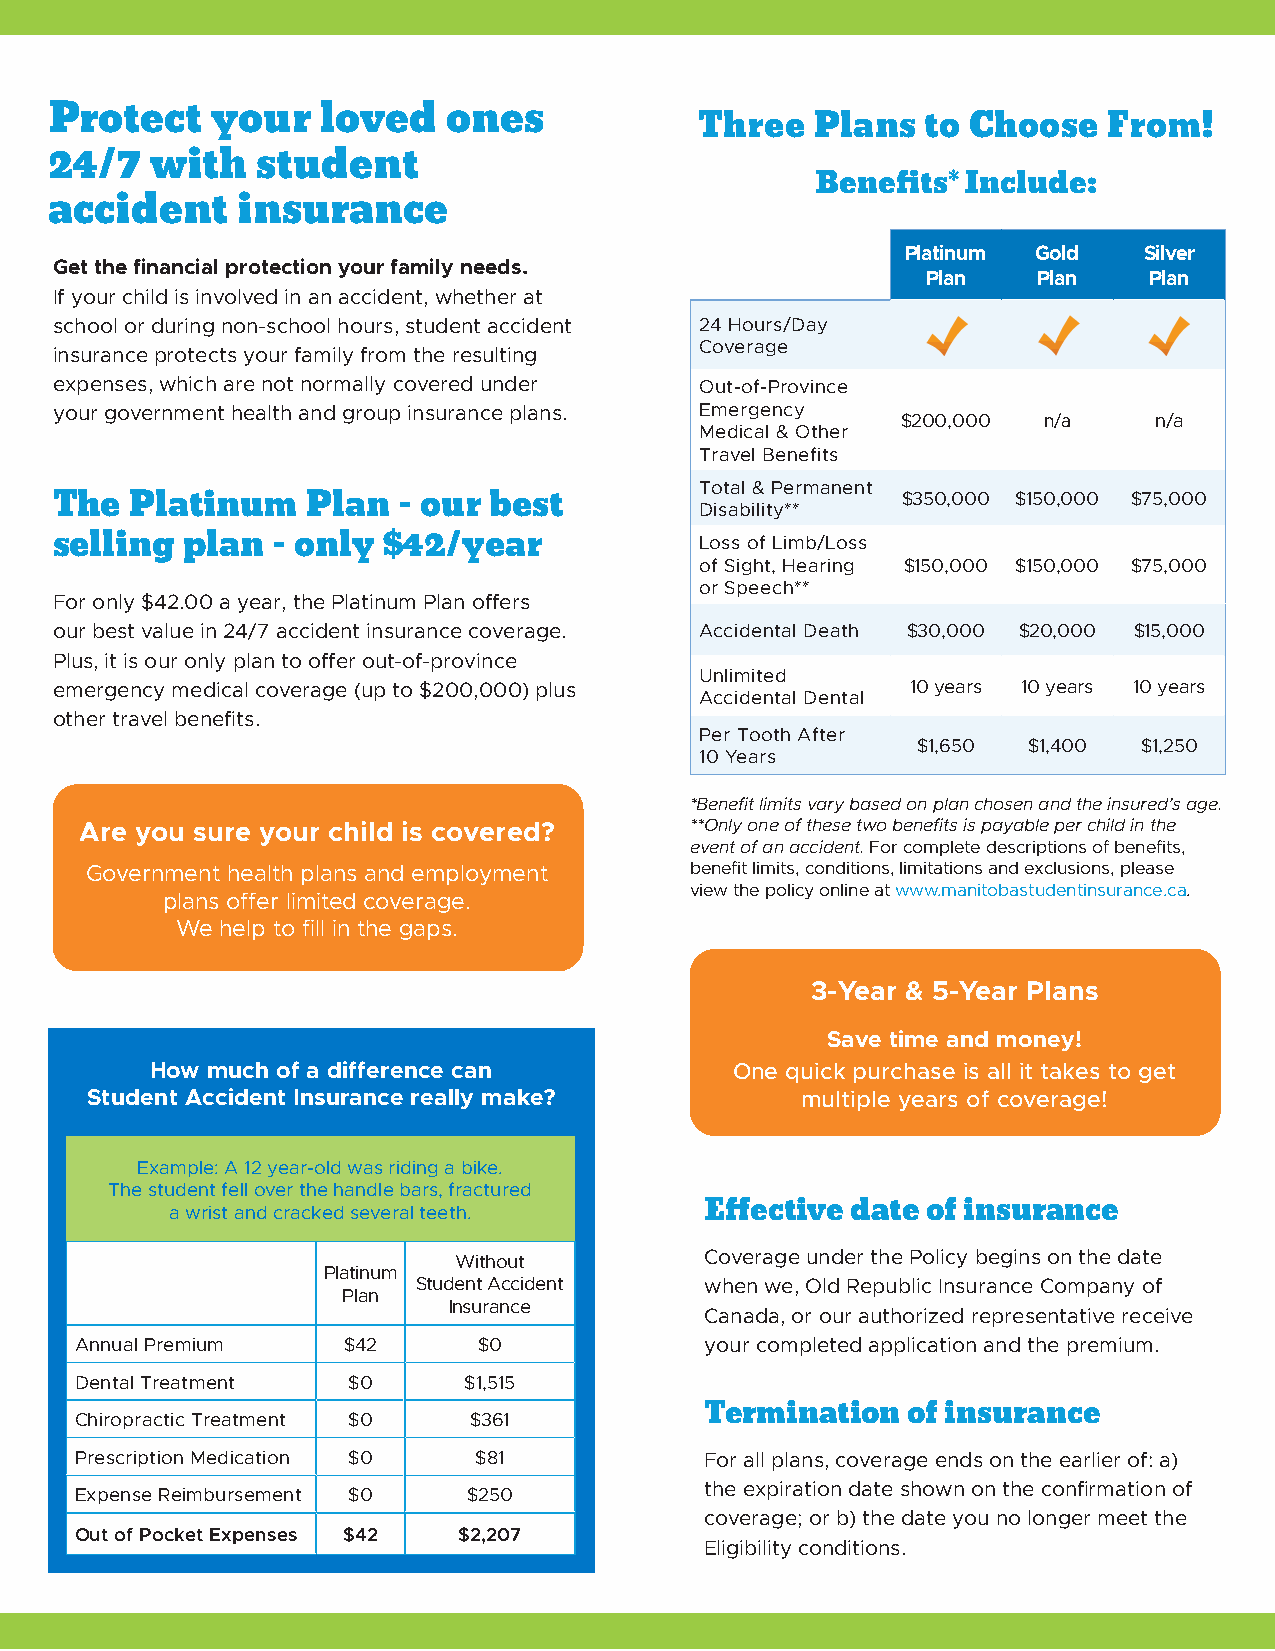
Protect    your   loved    ones
 Three   Plans  to Choose   From!
 24/7   with   student
 Benefits* Include:
 accident     insurance
 Platinum Gold   Silver
 Get the financial protection your family needs.
 Plan    Plan   Plan
 If your child is involved in an accident, whether at
 school or during non-school hours, student accident 24 Hours/Day
 Coverage
 insurance protects your family from the resulting
 expenses, which are not normally covered under Out-of-Province
 your government health and group insurance plans. Emergency
 $200,000 n/a    n/a
 Medical & Other
 Travel Benefits
 Total & Permanent
 $350,000 $150,000 $75,000
 The   Platinum   Plan  - our best          Disability**
 selling  plan  - only $42/year             Loss of Limb/Loss
 of Sight, Hearing $150,000 $150,000 $75,000
 or Speech**
 For only $42.00 a year, the Platinum Plan offers
 our best value in 24/7 accident insurance coverage. Accidental Death $30,000 $20,000 $15,000
 Plus, it is our only plan to offer out-of-province
 Unlimited
 emergency medical coverage (up to $200,000) plus         10 years 10 years 10 years
 Accidental Dental
 other travel benefits.
 Per Tooth After
 $1,650 $1,400  $1,250
 10 Years
 *Benefit limits vary based on plan chosen and the insured’s age.
 Are you sure your child is covered?      **Only one of these two benefits is payable per child in the
 event of an accident. For complete descriptions of benefits,
 Government health plans and employment  benefit limits, conditions, limitations and exclusions, please
 view the policy online at www.manitobastudentinsurance.ca.
 plans offer limited coverage.
 We help to fill in the gaps.
 3-Year & 5-Year Plans
 Save time and money!
 How much of a difference can           One quick purchase is all it takes to get
 Student Accident Insurance really make?        multiple years of coverage!
 Example: A 12 year-old was riding a bike.
 The student fell over the handle bars, fractured
 a wrist and cracked several teeth.  Effective date of insurance
 Without          Coverage under the Policy begins on the date
 Platinum
 Student Accident   when we, Old Republic Insurance Company of
 Plan
 Insurance
 Canada, or our authorized representative receive
 Annual Premium    $42      $0             your completed application and the premium.
 Dental Treatment  $0      $1,515
 Chiropractic Treatment $0 $361            Termination  of insurance
 Prescription Medication $0 $81            For all plans, coverage ends on the earlier of: a)
 the expiration date shown on the confirmation of
 Expense Reimbursement $0  $250
 coverage; or b) the date you no longer meet the
 Out of Pocket Expenses $42 $2,207
 Eligibility conditions.